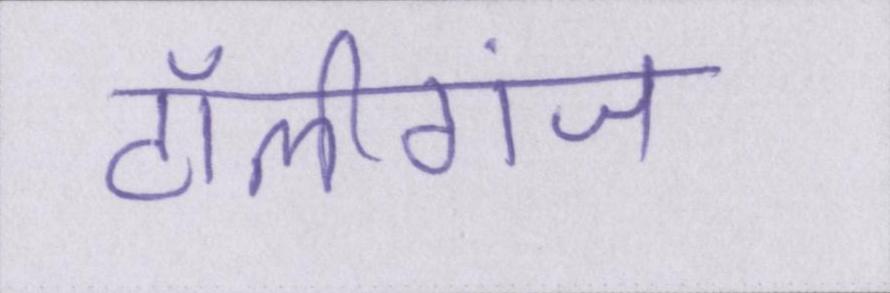
टॉलीगंज